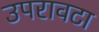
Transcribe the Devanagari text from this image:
उपरावटा